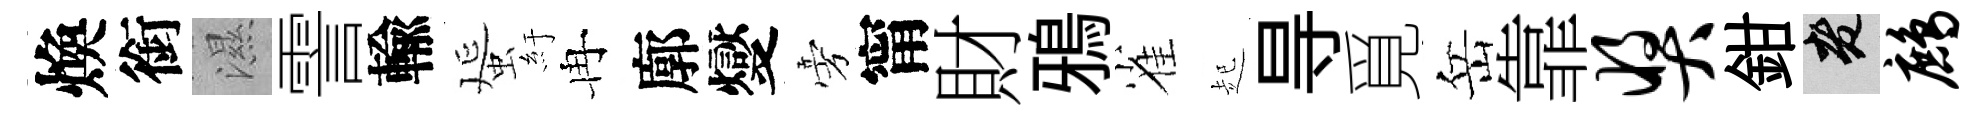
煥銜濕霅輸蜑紆冉廓燮旁甯財鴉雀起㝵覓岳靠奖鉗老鹧